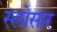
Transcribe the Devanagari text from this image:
स्लोसार